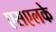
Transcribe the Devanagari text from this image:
एसएलके